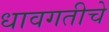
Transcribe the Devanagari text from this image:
धावगतीचे